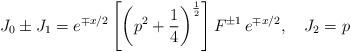
LaTeX: \begin{align*}J_0\pm J_1=e^{\mp x/2}\left[ \left( p^2+\frac 14\right) ^{\frac 12}\right]F^{\pm 1}\,e^{\mp x/2},\quad J_2=p\end{align*}